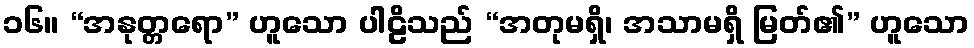
၁၆။ “အနုတ္တရော” ဟူသော ပါဠိသည် “အတုမရှိ၊ အသာမရှိ မြတ်၏” ဟူသော